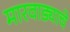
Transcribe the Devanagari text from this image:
मारवाड्याचे